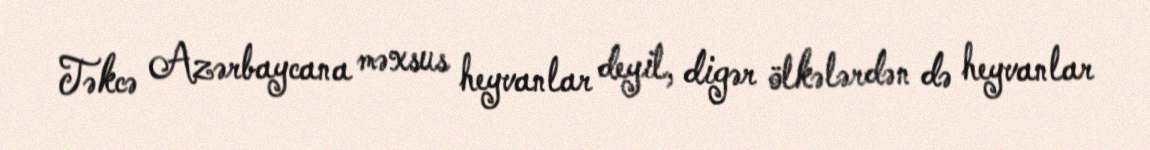
Təkcə Azərbaycana məxsus heyvanlar deyil, digər ölkələrdən də heyvanlar